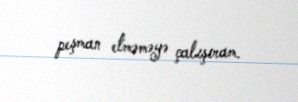
peşman etməməyə çalışıram.